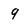
Character: 9